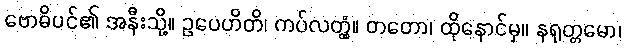
ဗောဓိပင်၏ အနီးသို့။ ဥပေဟိတိ၊ ကပ်လတ္တံ့။ တတော၊ ထိုနောင်မှ။ နရုတ္တမော၊